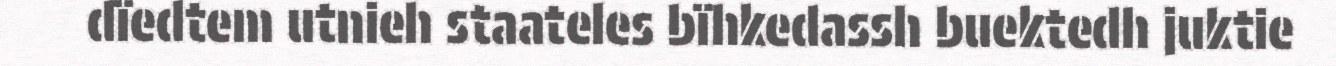
dïedtem utnieh staateles bïhkedassh buektedh juktie